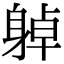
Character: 𨉔